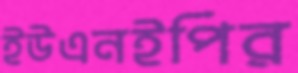
ইউএনইপির